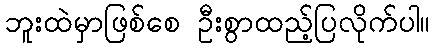
ဘူးထဲမှာဖြစ်စေ ဦးစွာထည့်ပြလိုက်ပါ။